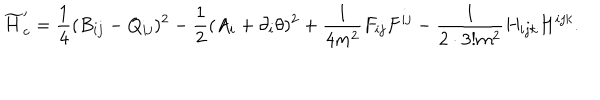
\widetilde { H } _ { c } ^ { \prime } = \frac { 1 } { 4 } ( B _ { i j } - Q _ { i j } ) ^ { 2 } - \frac { 1 } { 2 } ( A _ { i } + \partial _ { i } \theta ) ^ { 2 } + \frac { 1 } { 4 m ^ { 2 } } F _ { i j } F ^ { i j } - \frac { 1 } { 2 \cdot 3 ! m ^ { 2 } } H _ { i j k } H ^ { i j k } .